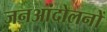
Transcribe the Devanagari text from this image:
जनआंदोलनों